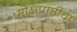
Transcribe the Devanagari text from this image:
मोक्षप्राप्तीचा